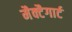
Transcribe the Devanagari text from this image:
मैक्टैगार्ट